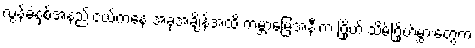
လွန်ခဲ့နှစ်အနည်းငယ်ကနေ အခုအချိန်အထိ ကမ္ဘာမြေအနီးက ဂြိုဟ် သိမ်ဂြိုဟ်မွှားတွေက